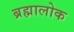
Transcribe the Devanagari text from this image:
ब्रह्मालोक